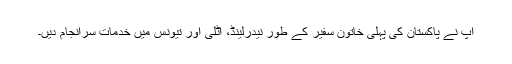
آپ نے پاکستان کی پہلی خاتون سفیر کے طور نیدرلینڈ، اٹلی اور تیونس میں خدمات سرانجام دیں۔